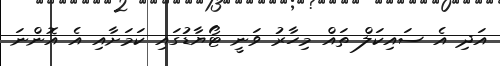
އަދި އެ ސައިކަލް ތައް މިހާރު ވަނީ ޓޯޔާޑުގައި ކަމަށާއި އެ އޮންނަ